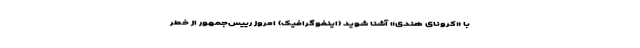
با «کرونای هندی» آشنا شوید (اینفوگرافیک) امروز رییس‌جمهور از خطر